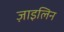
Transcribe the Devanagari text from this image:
ज़ाइलिन